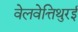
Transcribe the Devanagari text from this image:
वेलवेत्तिथुरई